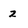
Character: z